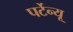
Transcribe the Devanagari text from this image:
पर्टेन्यू